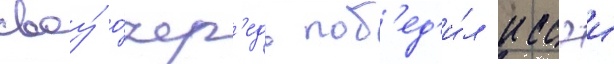
своу́ о́чер'едь поб'ед'и́л иссэи